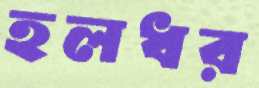
হলধর